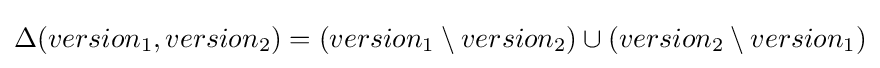
\Delta (version_{1},version_{2})=(version_{1}\setminus version_{2})\cup (version_{2}\setminus version_{1})